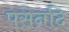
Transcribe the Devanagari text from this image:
पसेनदि